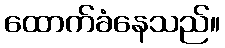
ထောက်ခံနေသည်။